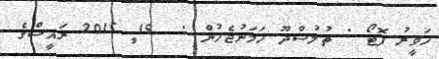
ހަވީރު ފޮޓޯ : ތުލުސްދޫ ހަމަނުޖެހުން :  19